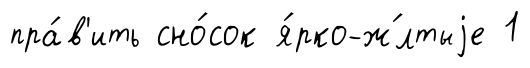
пра́в'ить сно́сок я́рко-ж́лтыjе 1